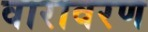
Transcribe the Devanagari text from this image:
वारावरण